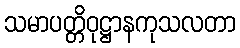
သမာပတ္တိဝုဋ္ဌာနကုသလတာ